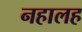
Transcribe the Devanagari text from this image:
नहालह